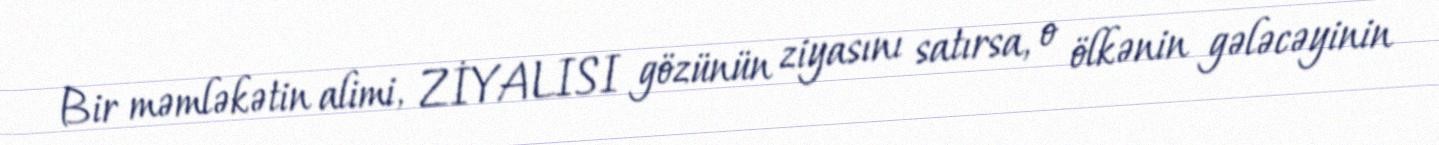
Bir məmləkətin alimi, ZİYALISI gözünün ziyasını satırsa, o ölkənin gələcəyinin